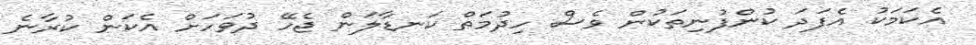
އެކަމަކު އެފަދަ ކުންފުނިތަކުން ވެސް ހިދުމަތް ކަނޑާލަން ޖެހޭ ދުވަހަށް އެކަން ކުރާނެ